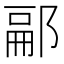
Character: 𨜥